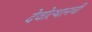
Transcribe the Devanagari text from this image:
देवोत्थानची